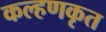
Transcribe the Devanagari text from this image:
कल्हणकृत